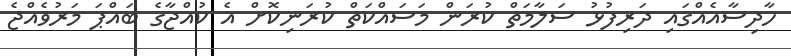
ހާދިސާއެއްގައި ދަރިފުޅު ސަލާމަތް ކުރަން މަސައްކަތް ކުރަނިކޮށް އެ ކުއްޖާގެ ބައްޕަ މަރުވެއްޖެ